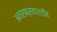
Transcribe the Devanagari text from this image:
अनसब्सक्राईब